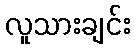
လူသားချင်း